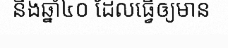
និងឆ្នាំ៤០ ដែលធ្វើឲ្យមាន